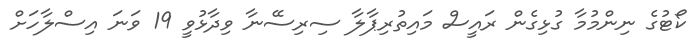
ކޯޓުގެ ނިންމުމާ ގުޅިގެން ރައީސް މައިތުރިޕާލާ ސިރިސޭނާ ވިދާޅުވީ 19 ވަނަ އިސްލާހަށް